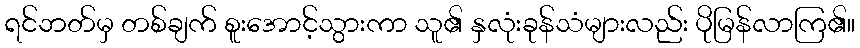
ရင်ဘတ်မှ တစ်ချက် စူးအောင့်သွားကာ သူ၏ နှလုံးခုန်သံများလည်း ပိုမြန်လာကြ၏။